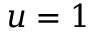
u = 1